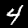
Digit: 4